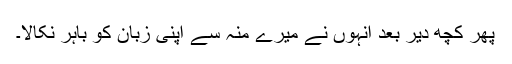
پھر کچھ دیر بعد انہوں نے میرے منہ سے اپنی زبان کو باہر نکالا۔